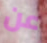
عن